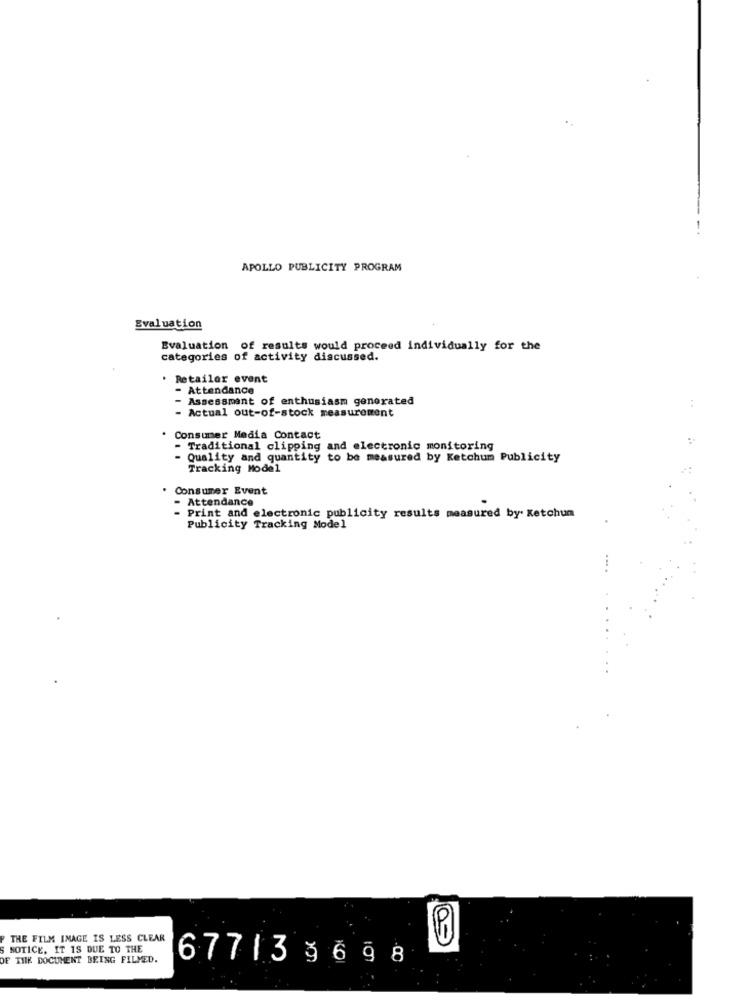
APOLLO PUBLICITY PROGRAM
Evaluation
Evaluation of results would proceed individually for the
categories of activity discussed.
Retailer event
- Attendance
Assessment of enthusiasm generated
:
Actual out-of-stock measurement
Consumer Media Contact
Traditional clipping and electronic monitoring
Quality and quantity to be measured by Ketchum Publicity
Tracking Model
Consumer Event
Attendance
Print and electronic publicity results measured by Ketchum
Publicity Tracking Model
...
THE FILM IMAGE IS LESS CLEAR
NOTICE, IT IS DUE TO THE
OF THE DOCUMENT BEING FILMED.
677133698